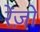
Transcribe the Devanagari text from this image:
रेंज़ो